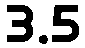
3.5